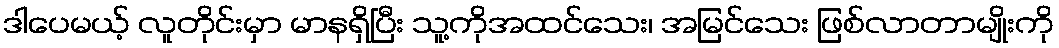
ဒါပေမယ့် လူတိုင်းမှာ မာနရှိပြီး သူ့ကိုအထင်သေး၊ အမြင်သေး ဖြစ်လာတာမျိုးကို